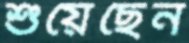
শুয়েছেন